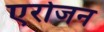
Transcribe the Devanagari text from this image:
एरोजन